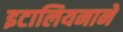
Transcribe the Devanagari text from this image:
इटालियनाने